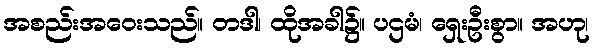
အစည်းအဝေးသည်။ တဒါ၊ ထိုအခါ၌။ ပဌမံ၊ ရှေးဦးစွာ။ အဟု၊